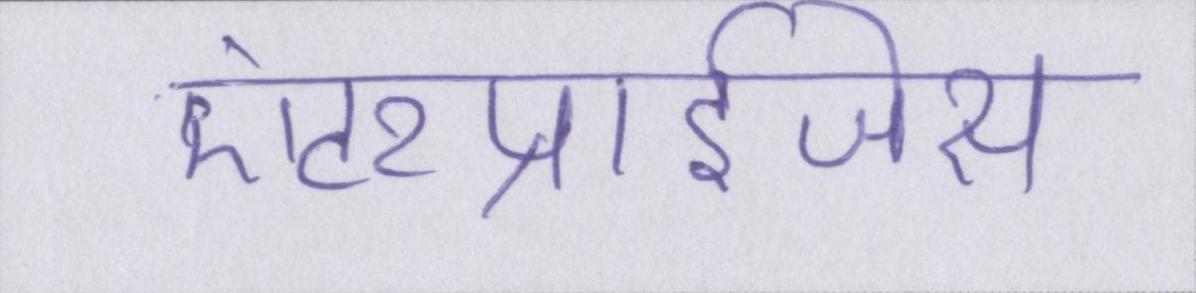
एंटरप्राईजेस